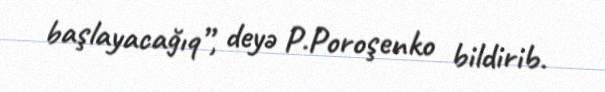
başlayacağıq”, deyə P.Poroşenko bildirib.